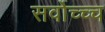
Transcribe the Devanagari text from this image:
सर्वोच्च्च